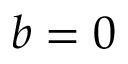
b = 0